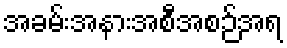
အခမ်းအနားအစီအစဉ်အရ